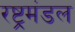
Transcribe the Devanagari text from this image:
रष्ट्रमंडल